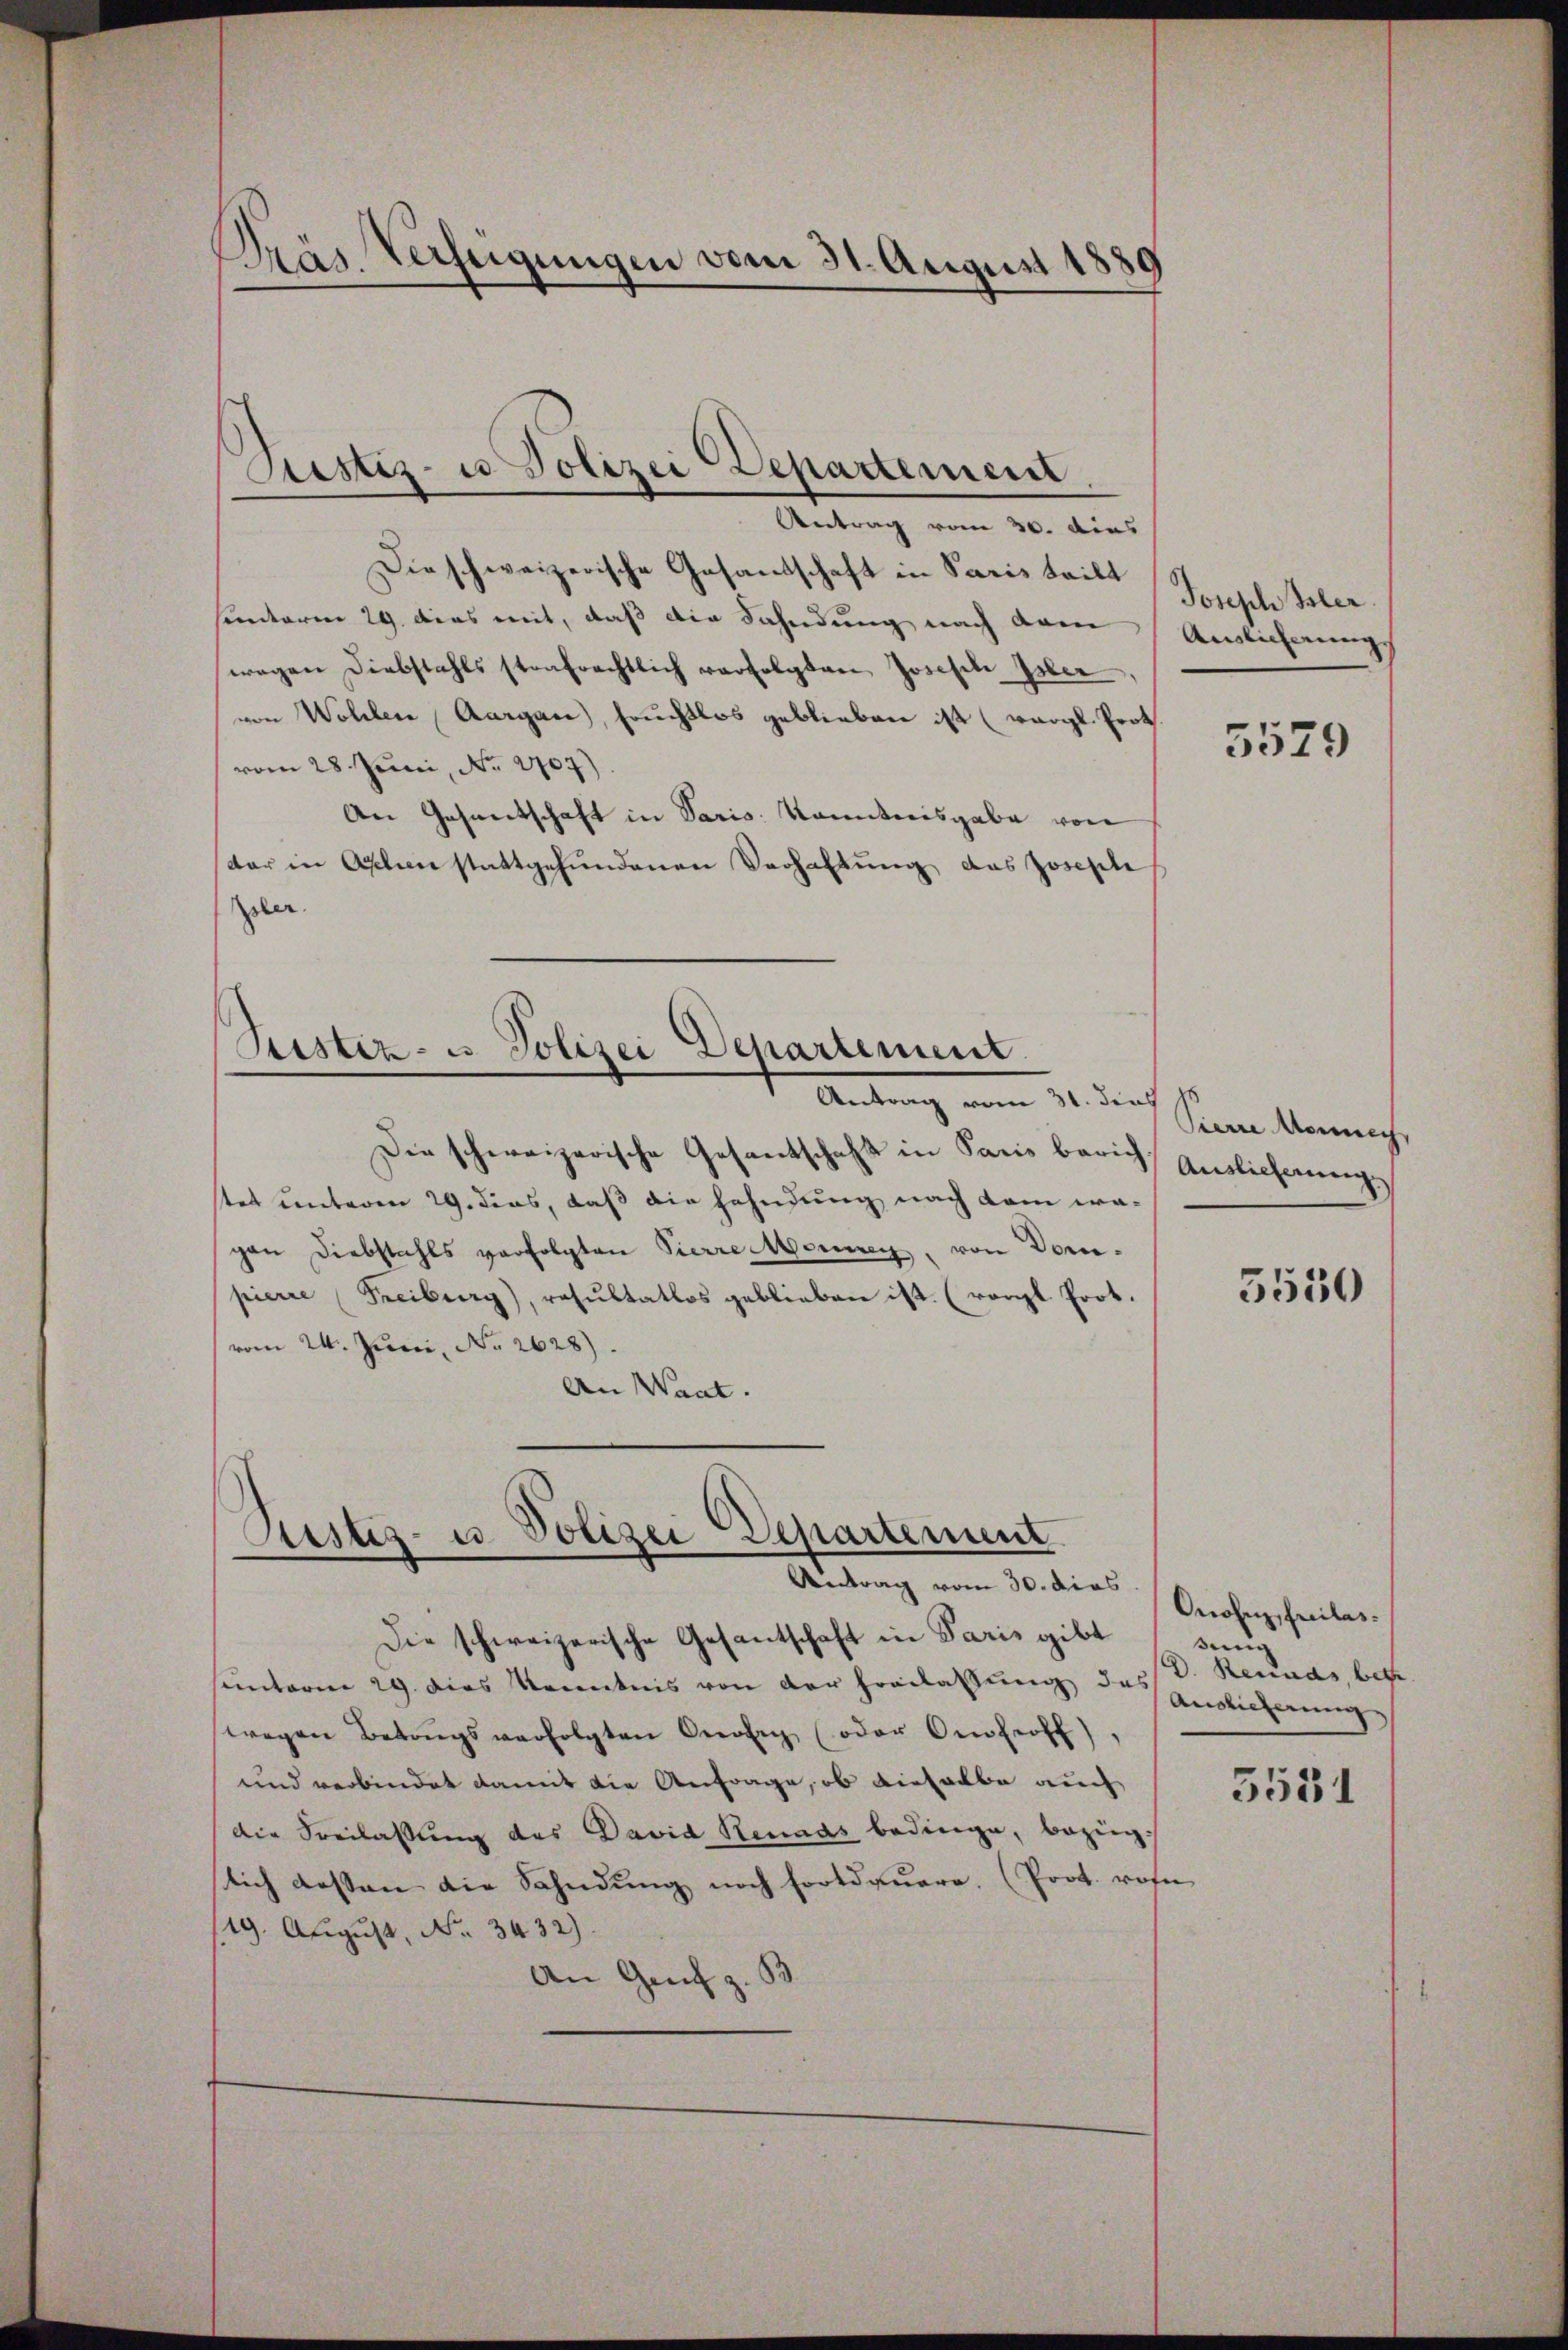
Präs. Verfeigungen vom 31. August 1889

Dieschweizerische Gesandschaft in Paris teilt
santerm 29. dies mit, daß die Fahndung nach dem
wegen Diebstahls strafrechtlich verfolgten Joseph Isler
von Wohlen Aargau, Fruchtlos geblieben ist (vergl. Prot
vom 28. Juni, No. 1707).
An Gesandtschaft in Paris. Kontreisgabe von
der in Akten stattgefundenen Verhaltung das Josephe
ler.
Sistiz- u. Polizei Departement.
Antrag vom 31. dies
Die schweizerische Gesantschaft in Paris berich
stet unteren 29. dies, daß die Hahndung nach dem wagan Diebstahls verfolgten Pierre Morien, von Dom-
pierre (Freiburg), resŭltatlos geblieben ist. (vergl. Prot.
vom 24. Juni, No 2628).
An Waat.

Justiz- u Polizei Departement
Antrag vom 30. dies

Justiz- u. Polizei Departement
Antrag vom 30. dies

Die schweizerische Gesantschaft in Paris gibt
sunterm 29. Dies Kenntnis von der Freilassung des D. Reunds, betr
wegen Betragsverfolgten Oerli (oder Omfroff),
und verbindet damit die Anfrage, ob dieselbe auch
die Seilassung des David Renndas bedinge, bezüglich dessen die Sahndung noch fortdauere. (Prot. wohn
19. August, No. 3432).
An Greit z. |

Joseph Isler.
Auslicherung

5579

Pierre Mannech
Auslieferung

5550

Onose Freilas.
sen
Auslieferung
5531